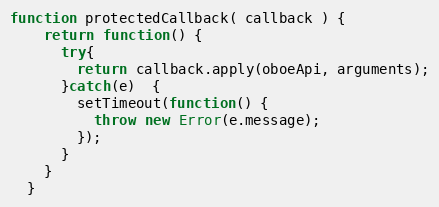
Language: JavaScript
function protectedCallback( callback ) {
    return function() {
      try{
        return callback.apply(oboeApi, arguments);
      }catch(e)  {
        setTimeout(function() {
          throw new Error(e.message);
        });
      }
    }
  }